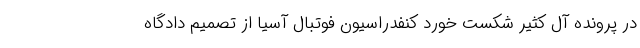
در پرونده آل کثیر شکست خورد کنفدراسیون فوتبال آسیا از تصمیم دادگاه